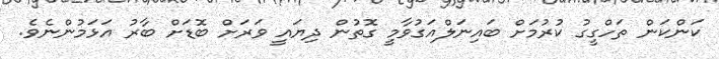
ކަންކަން ތަހްގީގު ކުރުމަށް ބައިނަލްއަގުވާމީ ގޮތުން ދިޔައީ ވަަރަށް ބޮޑަށް ބާރު އަޅަމުންނެވެ.